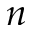
n